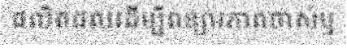
ផលិតផលដើម្បីពន្យារភាពចាស់ឬ